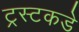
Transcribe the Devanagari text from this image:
ट्रस्टकडे